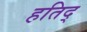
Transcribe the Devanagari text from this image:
हतिद्